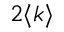
2 \langle k \rangle